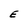
Character: E